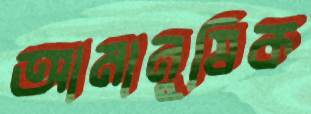
আমানুষিক